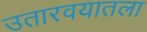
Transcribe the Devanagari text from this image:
उतारवयातला